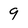
Character: 9